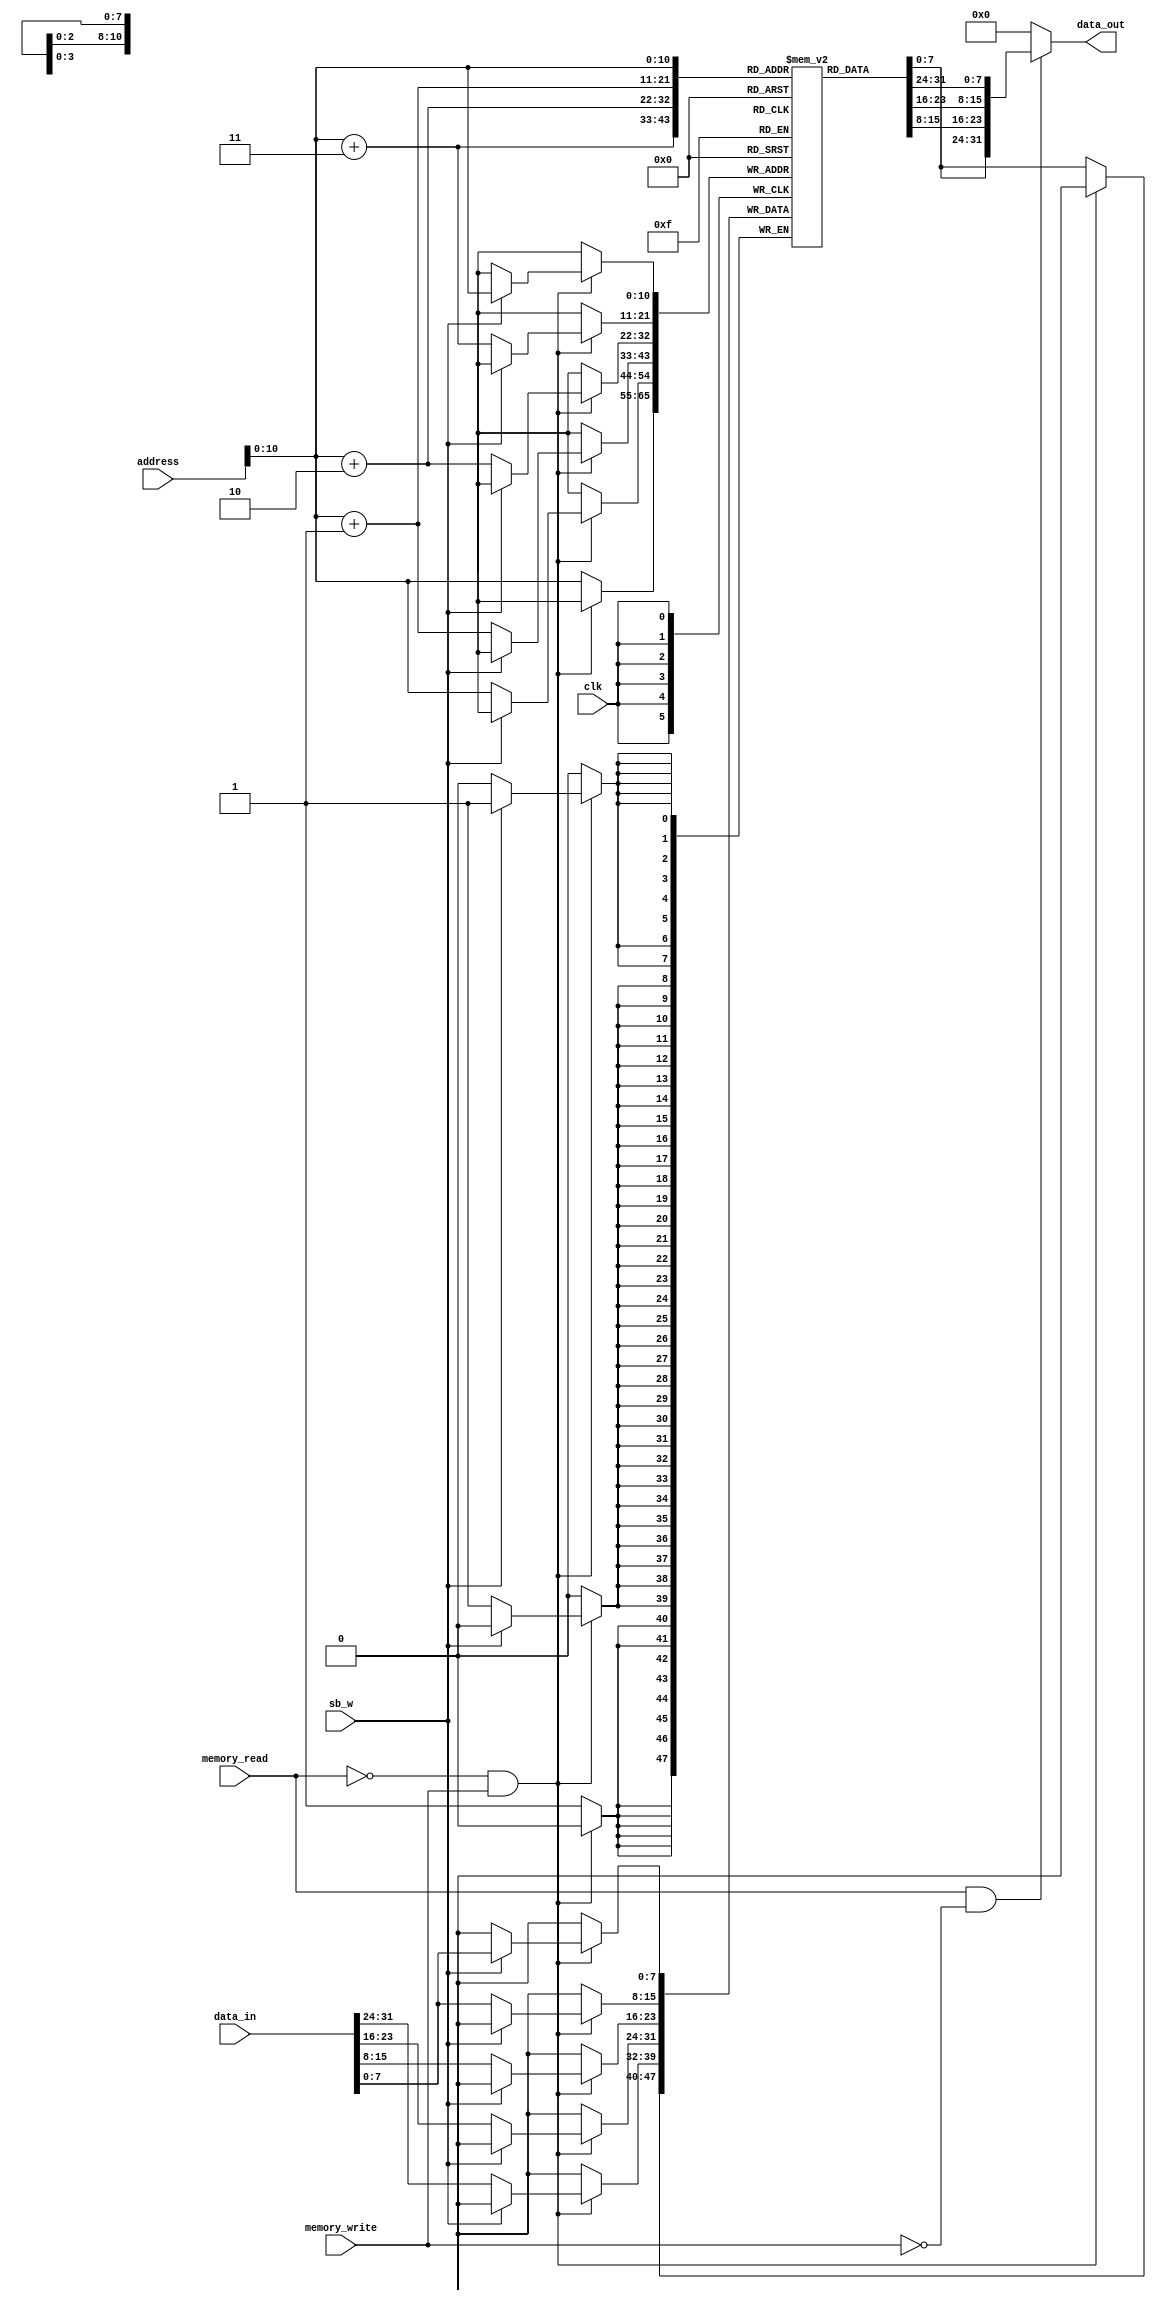
module memory

	#(parameter memory_depth = 2048, addr_width = 12, data_width = 32)

(clk, address, sb_w, memory_read, memory_write, data_in, data_out);
	
	input clk;
	input [data_width-1:0] address;
	input sb_w;  //存储的是字还是字节
	input memory_read, memory_write;  //读写信号
	input [data_width-1:0] data_in;
	
	output reg [data_width-1:0] data_out;
	
	//由于存储器只设置为2048B, 重新设置地址宽度
	wire [addr_width-1:0] addr;
	assign addr = address[addr_width-1:0];
	
	//定义存储器，按字节寻址
	reg [7:0] mem[0:memory_depth-1];
	
	//读寄存器 只有read置位write为0才读出，否则就是0
	always@(addr, memory_read, memory_write, mem) begin
		if(memory_read == 1'b1 && memory_write == 1'b0)
			data_out <= {mem[addr], mem[addr+1], mem[addr+2], mem[addr+3]} ;
		else
			data_out <= 0;
	end
	
	//写寄存器, 与时钟同步
	always@(posedge clk) begin
		if(memory_read == 1'b0 && memory_write == 1'b1) begin
			if(sb_w)
				mem[addr] <= data_in[7:0];
			else
				{mem[addr], mem[addr+1], mem[addr+2], mem[addr+3]} <= data_in;
		end else
			mem[addr] <= mem[addr];
	end
endmodule